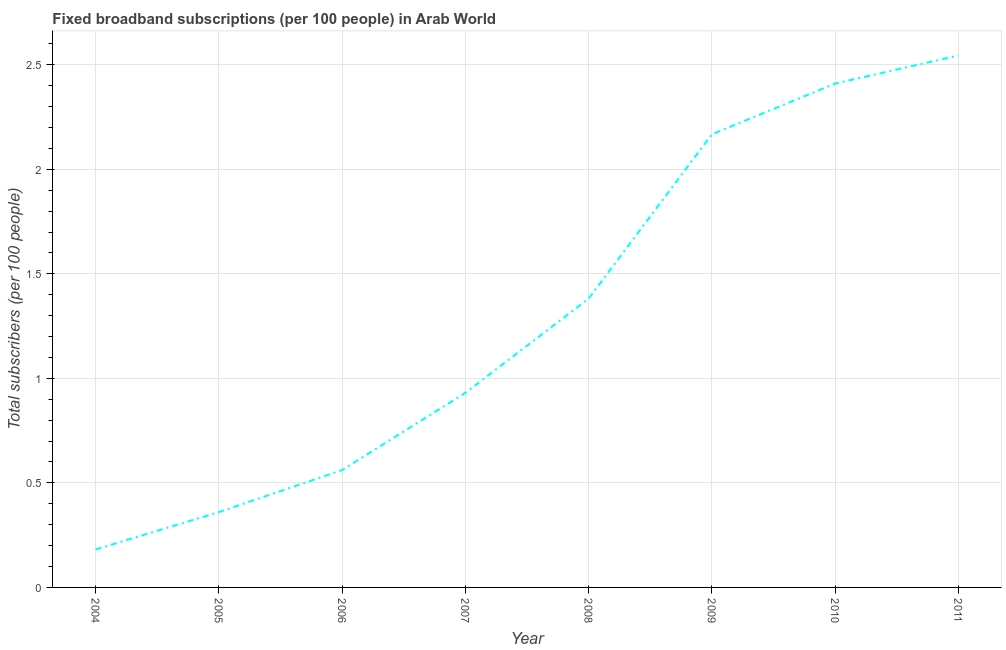
| Year | Fixed broadband subscriptions (per 100 people) |
 | --- | --- |
 | 2004 | 0.181 |
 | 2005 | 0.36 |
 | 2006 | 0.561 |
 | 2007 | 0.931 |
 | 2008 | 1.38 |
 | 2009 | 2.17 |
 | 2010 | 2.41 |
 | 2011 | 2.54 |